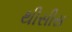
થીસીસ